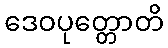
ဒေဝပုတ္တောတိ